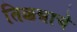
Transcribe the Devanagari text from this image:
तिक्कन्नाचे